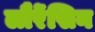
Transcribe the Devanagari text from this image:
लौरेंसिन